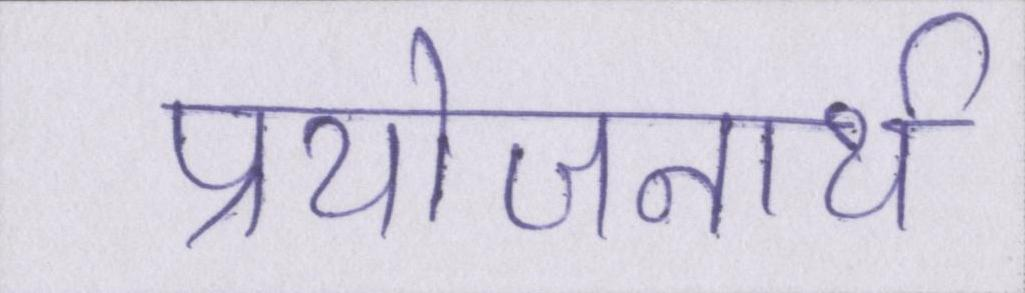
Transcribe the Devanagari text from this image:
प्रयोजनार्थ